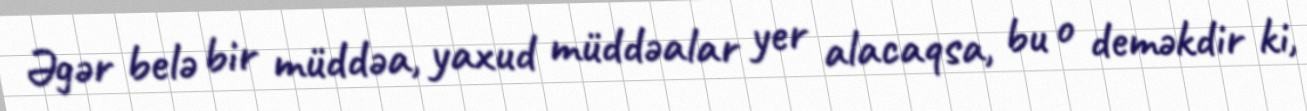
Əgər belə bir müddəa, yaxud müddəalar yer alacaqsa, bu o deməkdir ki,